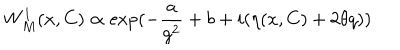
W _ { M } ^ { 1 } ( x , C ) \propto \exp ( - \frac { a } { g ^ { 2 } } + b + i ( \eta ( x , C ) + 2 \theta q ) )